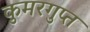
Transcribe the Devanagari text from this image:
कुमरगुप्त